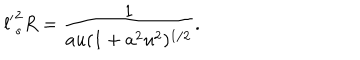
LaTeX: { l ^ { \prime } } _ { s } ^ { 2 } R = \frac { 1 } { a u ( 1 + a ^ { 2 } u ^ { 2 } ) ^ { 1 / 2 } } .